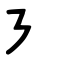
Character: ㇋